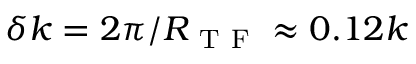
\delta k = 2 \pi / R _ { \mathrm { ~ T ~ F ~ } } \approx 0 . 1 2 k